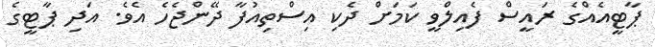
ޕާޓީއެއްގެ ރައީސް ފެއިލްވީ ކަމަށް ދެކި އިސްތިއުފާ ދޭންޖެހެ އެވެ. އަދި ޕާޓީގެ